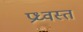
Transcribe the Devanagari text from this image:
प्रध्वस्तं